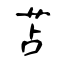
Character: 苫